Language: tamil
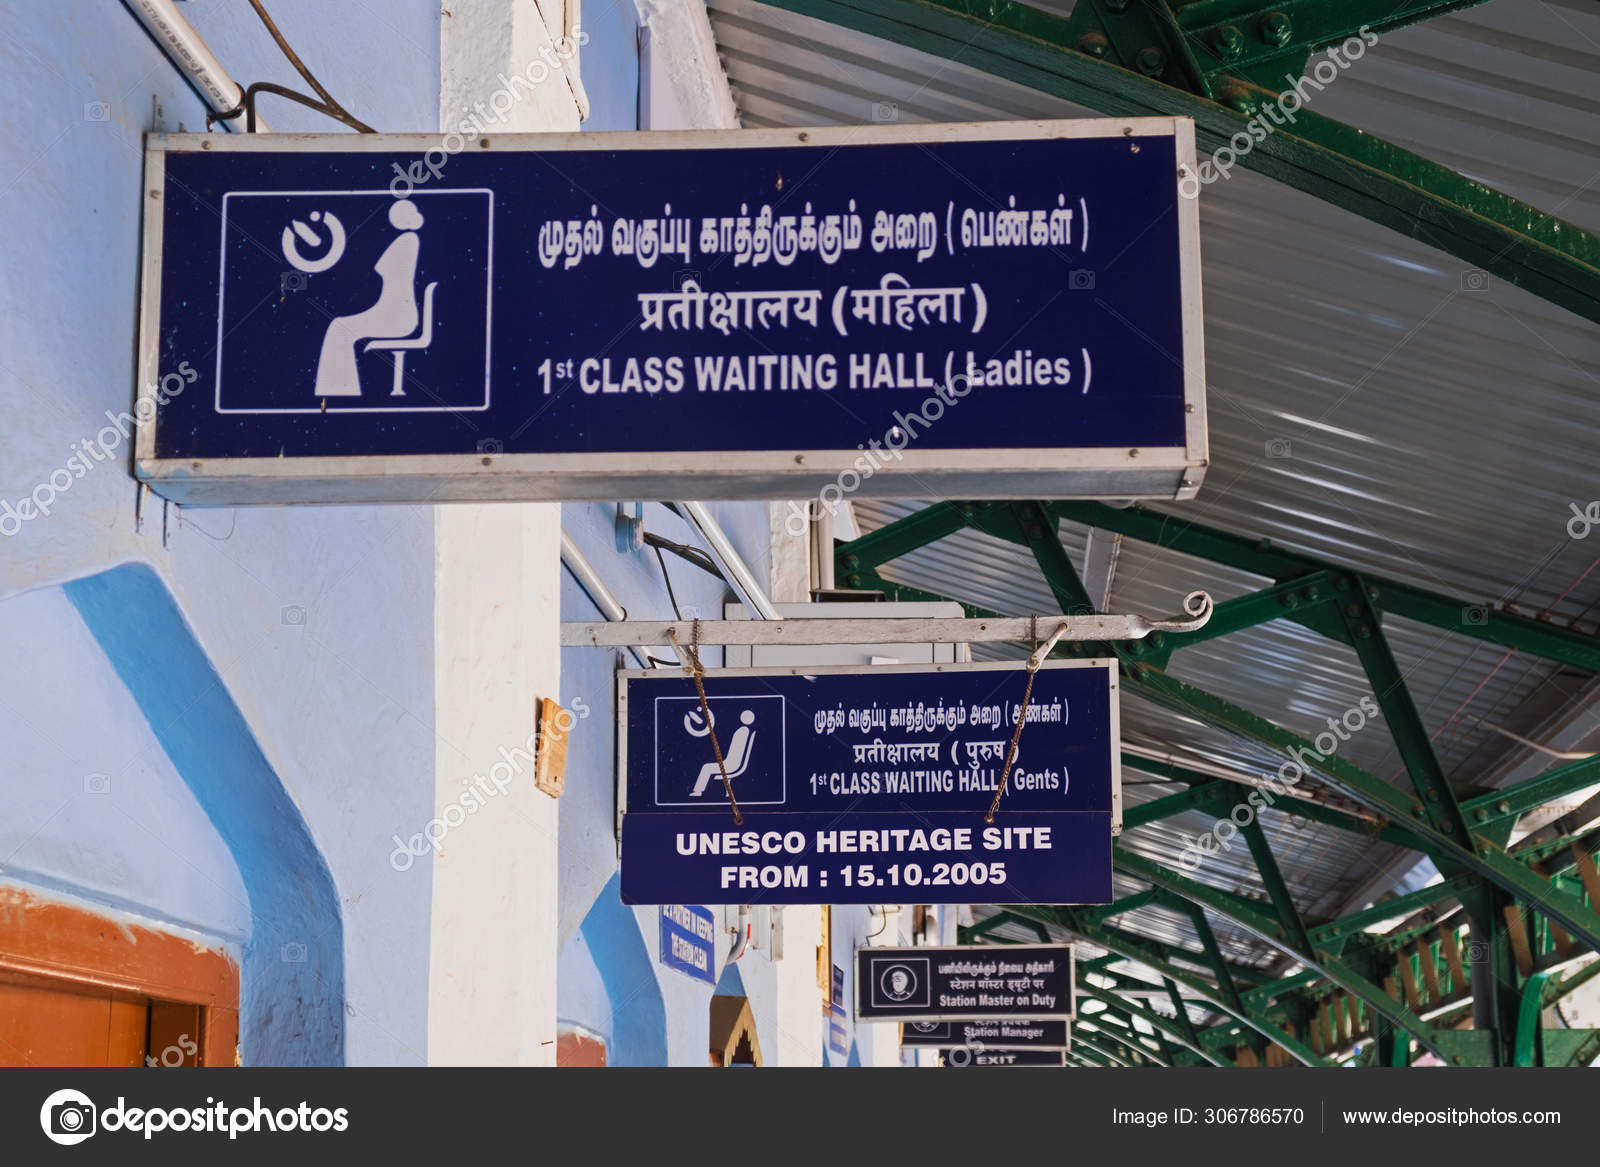
Transcription: ஆண்கள் முதல் வகுப்பு அறை வகுப்பு காத்திருக்கும் அறை பெண்கள் முதல் காத்திருக்கும்